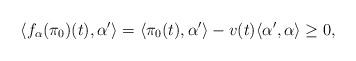
LaTeX: \begin{align*}\langle f_{\alpha}(\pi_{0})(t),\alpha^{\prime}\rangle=\langle\pi_{0}(t),\alpha^{\prime}\rangle-v(t)\langle\alpha^{\prime},\alpha\rangle\geq0,\end{align*}